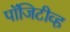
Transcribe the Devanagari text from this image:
पॉजिटीव्ह